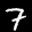
Label: 7